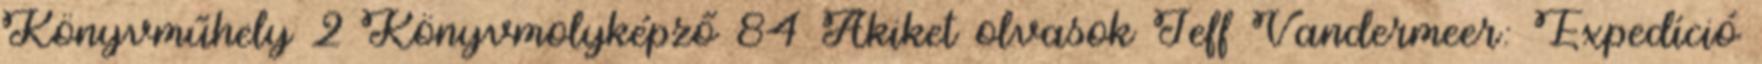
Könyvműhely 2 Könyvmolyképző 84 Akiket olvasok Jeff Vandermeer: Expedíció